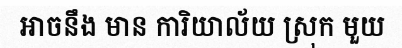
អាចនឹង មាន ការិយាល័យ ស្រុក មួយ